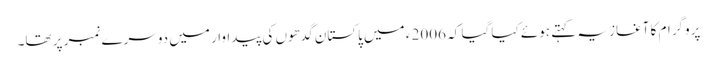
پروگرام کا آغاز یہ کہتے ہوئے کیا گیا کہ 2006 ء میں پاکستان گدھوں کی پیداوار میں دوسرے نمبر پر تھا۔